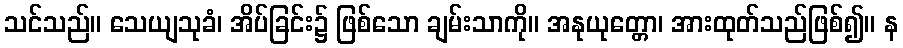
သင်သည်။ သေယျသုခံ၊ အိပ်ခြင်း၌ ဖြစ်သော ချမ်းသာကို။ အနုယုတ္တော၊ အားထုတ်သည်ဖြစ်၍။ န